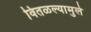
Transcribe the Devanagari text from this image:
वितळल्यामुले